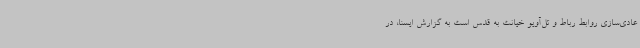
عادی‌سازی روابط رباط و تل‌آویو خیانت به قدس است به گزارش ایسنا، در